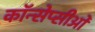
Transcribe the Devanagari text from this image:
कॉन्सेप्सीओं